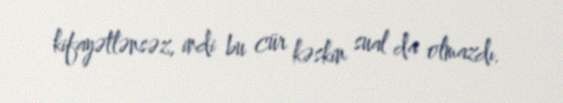
kifayətlənsəz, indi bu cür kəskin sual da olmazdı.